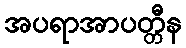
အပရာအာပတ္တီန